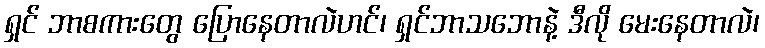
ရှင် ဘာစကားတွေ ပြောနေတာလဲဟင်၊ ရှင်ဘာသဘောနဲ့ ဒီလို မေးနေတာလဲ၊